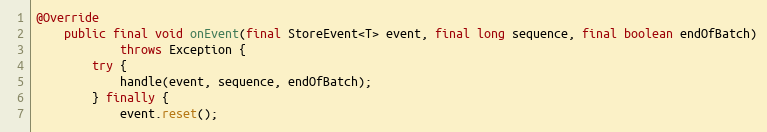
Language: Java
@Override
    public final void onEvent(final StoreEvent<T> event, final long sequence, final boolean endOfBatch)
            throws Exception {
        try {
            handle(event, sequence, endOfBatch);
        } finally {
            event.reset();